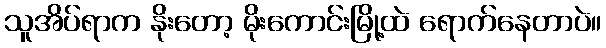
သူအိပ်ရာက နိုးတော့ မိုးကောင်းမြို့ထဲ ရောက်နေတာပဲ။